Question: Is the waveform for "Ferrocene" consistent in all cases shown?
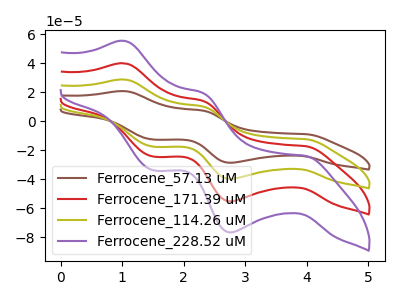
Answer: <think>The brown curve "Ferrocene_57.13 uM" has anodic peaks at (1.05V, 20.70uA) (2.30V, 7.30uA) and cathodic peaks at (4.00V, -8.95uA) (2.75V, -28.70uA) (1.50V, -12.65uA). The red curve "Ferrocene_171.39 uM" has anodic peaks at (1.05V, 57.50uA) (2.30V, 20.30uA) and cathodic peaks at (4.00V, -24.85uA) (2.75V, -79.65uA) (1.50V, -35.15uA). The olive curve "Ferrocene_114.26 uM" has anodic peaks at (1.05V, 28.75uA) (2.30V, 10.15uA) and cathodic peaks at (4.00V, -12.45uA) (2.75V, -39.80uA) (1.50V, -17.60uA). The purple curve "Ferrocene_228.52 uM" has anodic peaks at (1.05V, 86.25uA) (2.30V, 30.50uA) and cathodic peaks at (4.00V, -37.30uA) (2.75V, -119.45uA) (1.50V, -52.75uA).
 All the peaks in "Ferrocene_57.13 uM" have a peak in "Ferrocene_171.39 uM" at the same potential. Every peak in "Ferrocene_57.13 uM" is lower than every peak in "Ferrocene_171.39 uM". All the peaks in "Ferrocene_57.13 uM" have a peak in "Ferrocene_114.26 uM" at the same potential. Every peak in "Ferrocene_57.13 uM" is lower than every peak in "Ferrocene_114.26 uM". All the peaks in "Ferrocene_57.13 uM" have a peak in "Ferrocene_228.52 uM" at the same potential. Every peak in "Ferrocene_57.13 uM" is lower than every peak in "Ferrocene_228.52 uM". All the peaks in "Ferrocene_171.39 uM" have a peak in "Ferrocene_114.26 uM" at the same potential. Every peak in "Ferrocene_171.39 uM" is higher than every peak in "Ferrocene_114.26 uM". All the peaks in "Ferrocene_171.39 uM" have a peak in "Ferrocene_228.52 uM" at the same potential. Every peak in "Ferrocene_171.39 uM" is lower than every peak in "Ferrocene_228.52 uM". All the peaks in "Ferrocene_114.26 uM" have a peak in "Ferrocene_228.52 uM" at the same potential. Every peak in "Ferrocene_114.26 uM" is lower than every peak in "Ferrocene_228.52 uM".</think>
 <answer>All the CV's of "Ferrocene" have similar shape.</answer>
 <eval>follow_rule</eval>